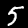
Label: 5